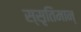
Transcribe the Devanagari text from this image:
स्सृतिमान्